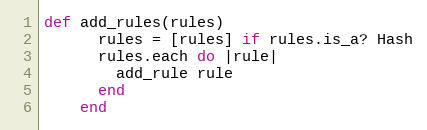
Language: Ruby
def add_rules(rules)
      rules = [rules] if rules.is_a? Hash
      rules.each do |rule|
        add_rule rule
      end
    end